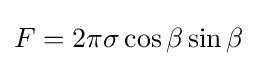
F=2\pi \sigma \cos \beta \sin \beta